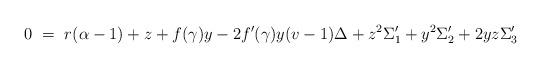
LaTeX: \begin{align*}0 ~=~ r(\alpha-1) + z + f(\gamma)y - 2 f^\prime(\gamma)y(v-1)\Delta+ z^2 \Sigma_1^\prime + y^2 \Sigma_2^\prime + 2yz \Sigma_3^\prime\end{align*}